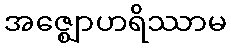
အဇ္ဈောဟရိဿာမ